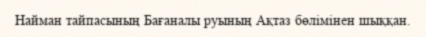
Найман тайпасының Бағаналы руының Ақтаз бөлімінен шыққан.